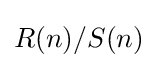
R(n)/S(n)